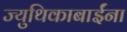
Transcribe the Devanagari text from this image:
ज्युथिकाबाईंना